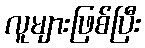
လူများဖြစ်ပြီး